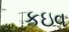
કઇવ